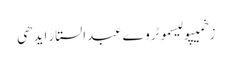
زخمیپولیسموٹروےعبدالستار ایدھی